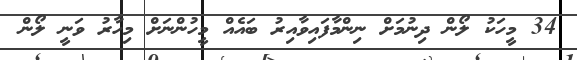
34 މީހަކު ލޯން ދިނުމަށް ނިންމާފައިވާއިރު ބައެއް މީހުންނަށް މިހާރު ވަނީ ލޯން